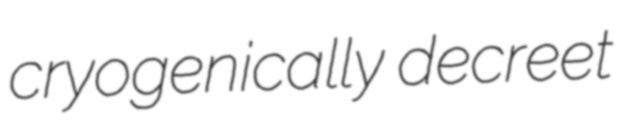
cryogenically decreet